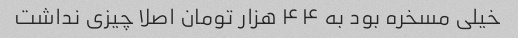
خیلی مسخره بود به ۴۴ هزار تومان اصلا چیزی نداشت